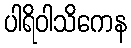
ပါရိဝါသိကေန